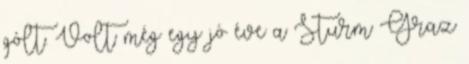
gólt. Volt még egy jó éve a Sturm Graz